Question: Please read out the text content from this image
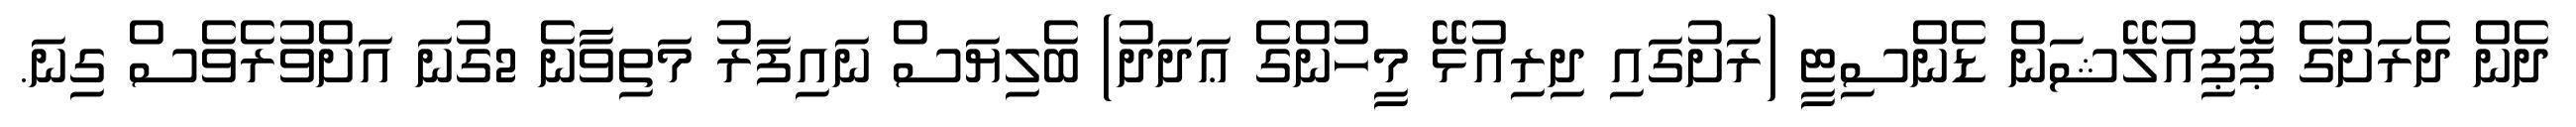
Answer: ދެން ދެރަށުގެ ޕޮޕިއުލޭޝަން ޑެންސިޓީ (ރަށުގައި ދިރިއުޅޭ މީހުންގެ ޢަދަދު) ބެލިޔަސް ނައިފަރު މަތިވާނެ 2ގުނަ އަށްވުރެވެސް ގިނަ.